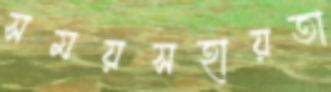
সময়সহায়তা